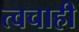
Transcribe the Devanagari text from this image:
त्वचाही